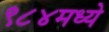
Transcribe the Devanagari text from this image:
९८४मध्ये